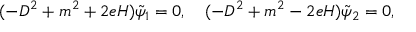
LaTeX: ( - D ^ { 2 } + m ^ { 2 } + 2 e H ) \tilde { \psi } _ { 1 } = 0 , \quad ( - D ^ { 2 } + m ^ { 2 } - 2 e H ) \tilde { \psi } _ { 2 } = 0 ,